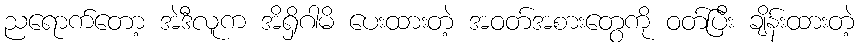
ညရောက်တော့ အဲဒီလူက အိရှိဂါမိ ပေးထားတဲ့ အဝတ်အစားတွေကို ဝတ်ပြီး ချိန်းထားတဲ့